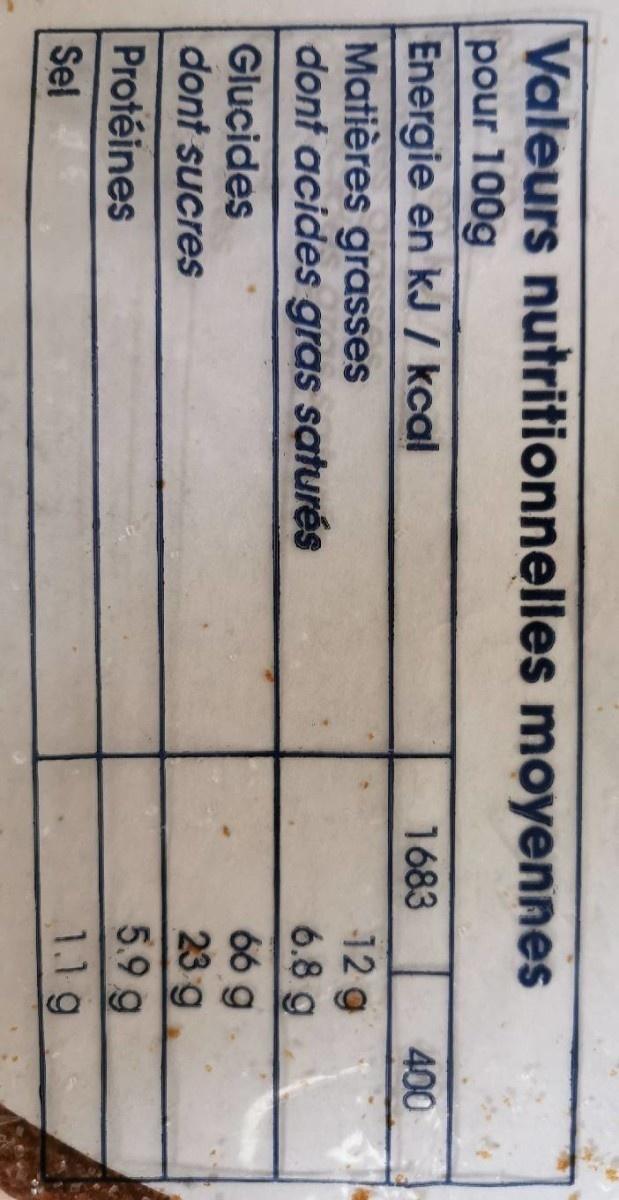
Valeurs nutritionnelles moyennes
pour 100g Energie en kJ / kcal Matières grasses dont acides gras saturés
1683
400
12g 6.8 g
66 g 23 g 5.9 g 1.1 g
Glucides dont sucres
Protéines
Sel